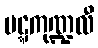
မဋ္ဋကုဏ္ဍလီ